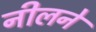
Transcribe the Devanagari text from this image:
नीलने